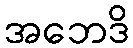
အဘေဒိ